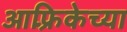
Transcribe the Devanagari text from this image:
आफ़्रिकेच्या